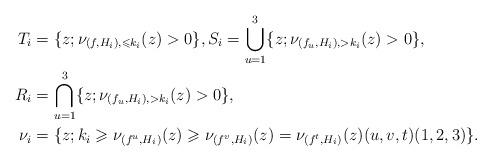
LaTeX: \begin{align*}T_i&=\{z;\nu_{(f,H_i),\leqslant k_i}(z)>0\}, S_i=\bigcup_{u=1}^3\{z;\nu_{(f_u,H_i),> k_i}(z)>0\},\\R_i&=\bigcap_{u=1}^3\{z;\nu_{(f_u,H_i),> k_i}(z)>0\},\\\nu_i&=\{z;k_i\geqslant\nu_{(f^u,H_i)}(z)\geqslant \nu_{(f^v,H_i)}(z)=\nu_{(f^t,H_i)}(z) (u,v,t)(1,2,3)\}.\end{align*}